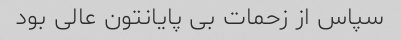
سپاس از زحمات بی پایانتون عالی بود